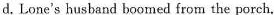
d. Lonc's husband boomed from the porch.